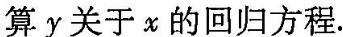
算y关于x的回归方程.